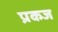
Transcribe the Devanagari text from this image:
प्रकज